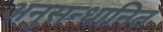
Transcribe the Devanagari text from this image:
अनुसन्‍धानित